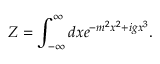
Z = \int _ { - \infty } ^ { \infty } d x e ^ { - m ^ { 2 } x ^ { 2 } + i g x ^ { 3 } } .